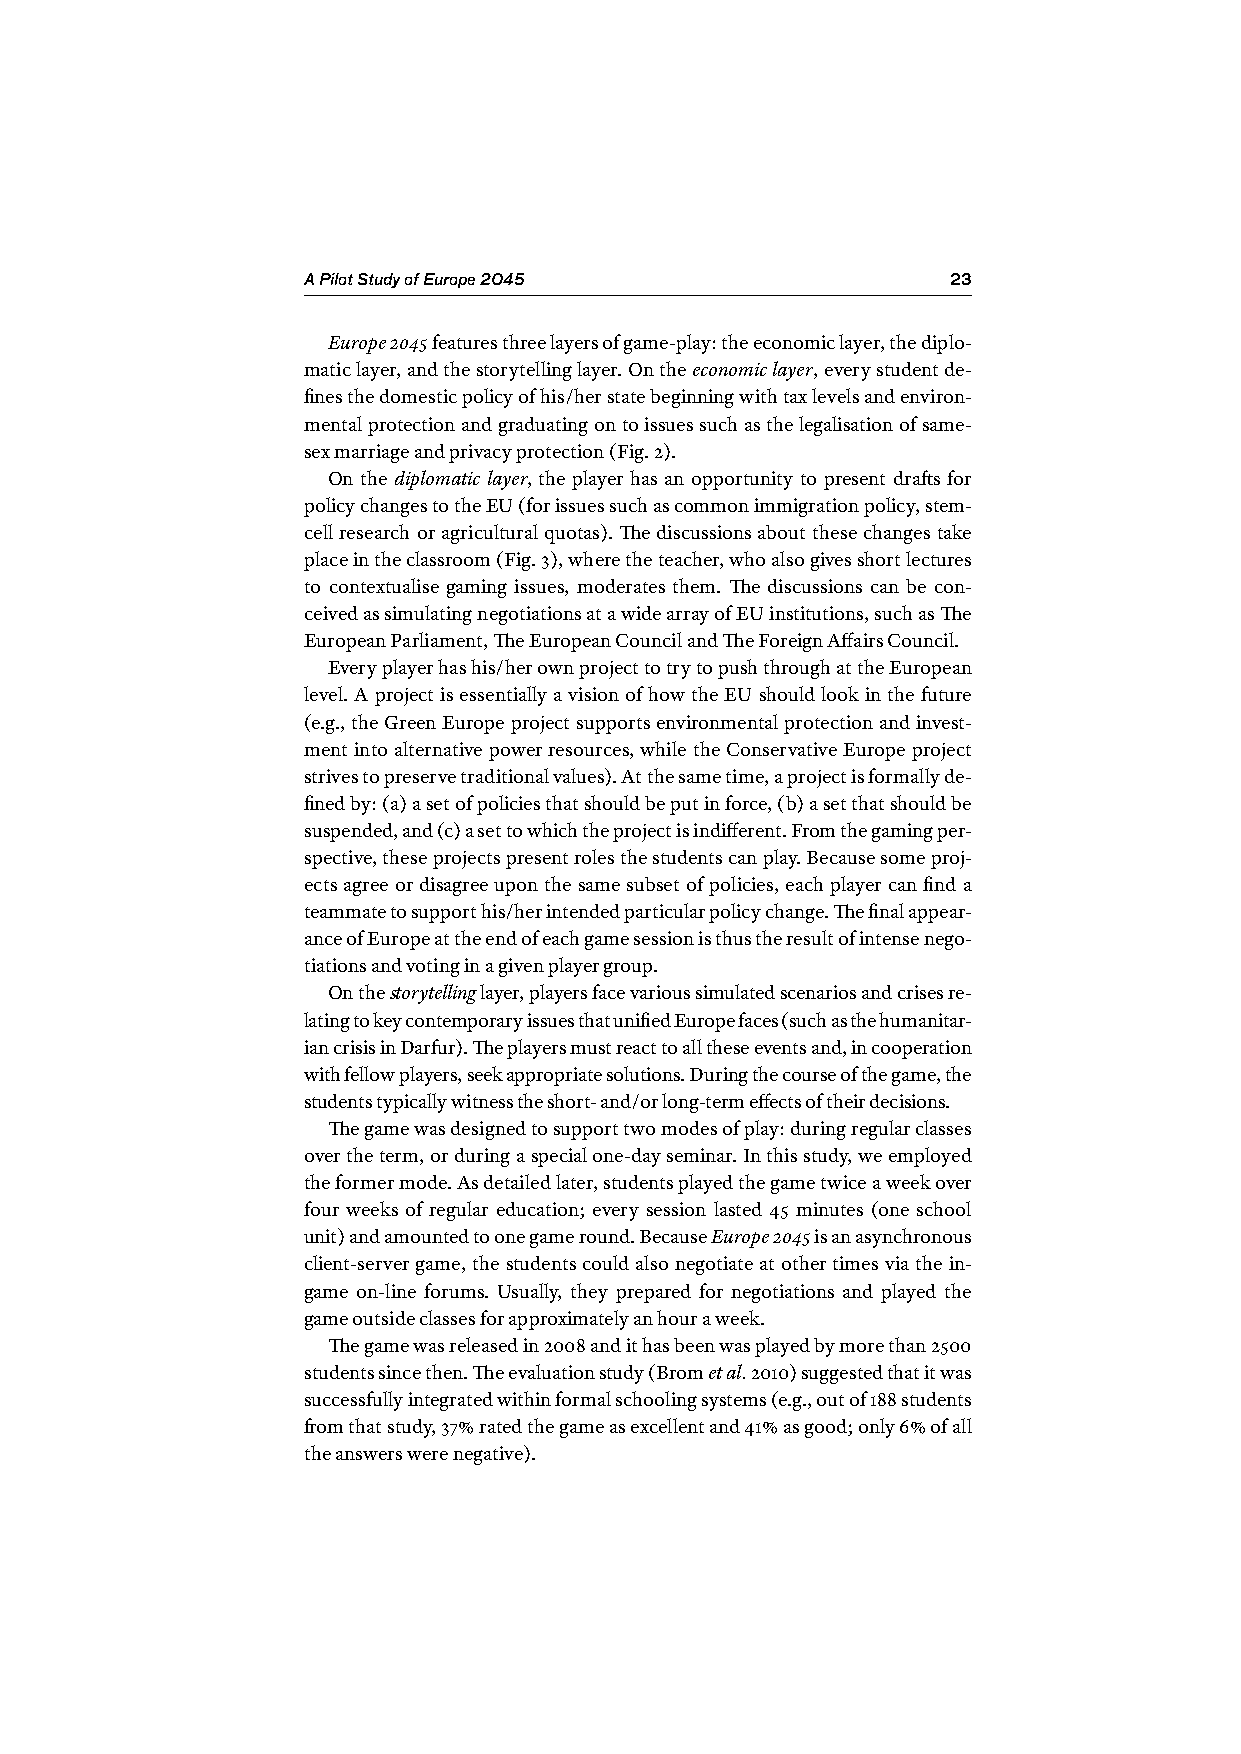
A Pilot Study of Europe 2045               23
 Europe 2045 features three layers of game-play: the economic layer, the diplo-
 matic layer, and the storytelling layer. On the economic layer, every student de-
 fines the domestic policy of his/her state beginning with tax levels and environ-
 mental protection and graduating on to issues such as the legalisation of same-
 sex marriage and privacy protection (Fig. 2).
 On the diplomatic layer, the player has an opportunity to present drafts for
 policy changes to the EU (for issues such as common immigration policy, stem-
 cell research or agricultural quotas). The discussions about these changes take
 place in the classroom (Fig. 3), where the teacher, who also gives short lectures
 to contextualise gaming issues, moderates them. The discussions can be con-
 ceived as simulating negotiations at a wide array of EU institutions, such as The
 European Parliament, The European Council and The Foreign Affairs Council.
 Every player has his/her own project to try to push through at the European
 level. A project is essentially a vision of how the EU should look in the future
 (e.g., the Green Europe project supports environmental protection and invest-
 ment into alternative power resources, while the Conservative Europe project
 strives to preserve traditional values). At the same time, a project is formally de-
 fined by: (a) a set of policies that should be put in force, (b) a set that should be
 suspended, and (c) a set to which the project is indifferent. From the gaming per-
 spective, these projects present roles the students can play. Because some proj-
 ects agree or disagree upon the same subset of policies, each player can find a
 teammate to support his/her intended particular policy change. The final appear-
 ance of Europe at the end of each game session is thus the result of intense nego-
 tiations and voting in a given player group.
 On the storytelling layer, players face various simulated scenarios and crises re-
 lating to key contemporary issues that unified Europe faces (such as the humanitar-
 ian crisis in Darfur). The players must react to all these events and, in cooperation
 with fellow players, seek appropriate solutions. During the course of the game, the
 students typically witness the short- and/or long-term effects of their decisions.
 The game was designed to support two modes of play: during regular classes
 over the term, or during a special one-day seminar. In this study, we employed
 the former mode. As detailed later, students played the game twice a week over
 four weeks of regular education; every session lasted 45 minutes (one school
 unit) and amounted to one game round. Because Europe 2045 is an asynchronous
 client-server game, the students could also negotiate at other times via the in-
 game on-line forums. Usually, they prepared for negotiations and played the
 game outside classes for approximately an hour a week.
 The game was released in 2008 and it has been was played by more than 2500
 students since then. The evaluation study (Brom et al. 2010) suggested that it was
 successfully integrated within formal schooling systems (e.g., out of 188 students
 from that study, 37% rated the game as excellent and 41% as good; only 6% of all
 the answers were negative).